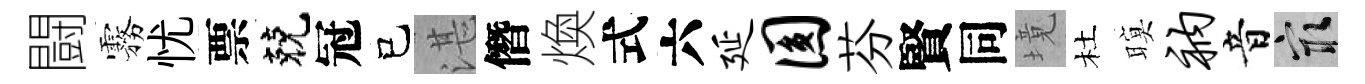
闘霧忧票兢冠己湛僭煥式六延圆芬賢同境杜暝衲音冣